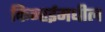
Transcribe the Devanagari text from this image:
किन्हईमधील